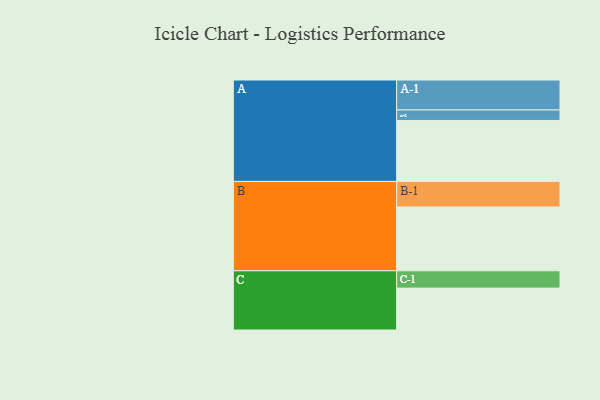
{"axis": {"x": "Segment", "y": "Value"}, "legend": ["", "A", "B", "C"], "data": [{"x": "A", "y": 511, "type": ""}, {"x": "B", "y": 535, "type": ""}, {"x": "C", "y": 351, "type": ""}, {"x": "A-1", "y": 251, "type": "A"}, {"x": "A-2", "y": 88, "type": "A"}, {"x": "B-1", "y": 214, "type": "B"}, {"x": "C-1", "y": 145, "type": "C"}]}